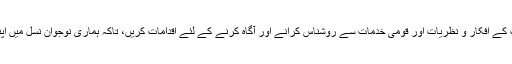
ضرورت اس بات کی ہے کہ آج ہم بحیثیت قوم اپنی نوجوان نسل کو شیخ سر عبدالقادر جیسی عظیم شخصیت کے افکار و نظریات اور قومی خدمات سے روشناس کرانے اور آگاہ کرنے کے لئے اقدامات کریں، تاکہ ہماری نوجوان نسل میں اپنے اسلاف کے بارے میں آگاہی پیدا ہو اور وہ حب الوطنی اور قومی خدمت کے جذبہ سے سرشار ہو سکیں۔